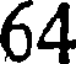
64